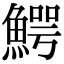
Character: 鰐